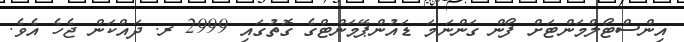
އިންސްޓޯލްމަންޓަށް ފޯން ގަންނަމަ ޑައުންޕޭމަންޓްގެ ގޮތުގައި 2999 ރ. ދައްކަން ޖެހެ އެވެ.